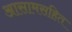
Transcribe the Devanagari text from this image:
आसामसहित